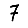
Digit: 7